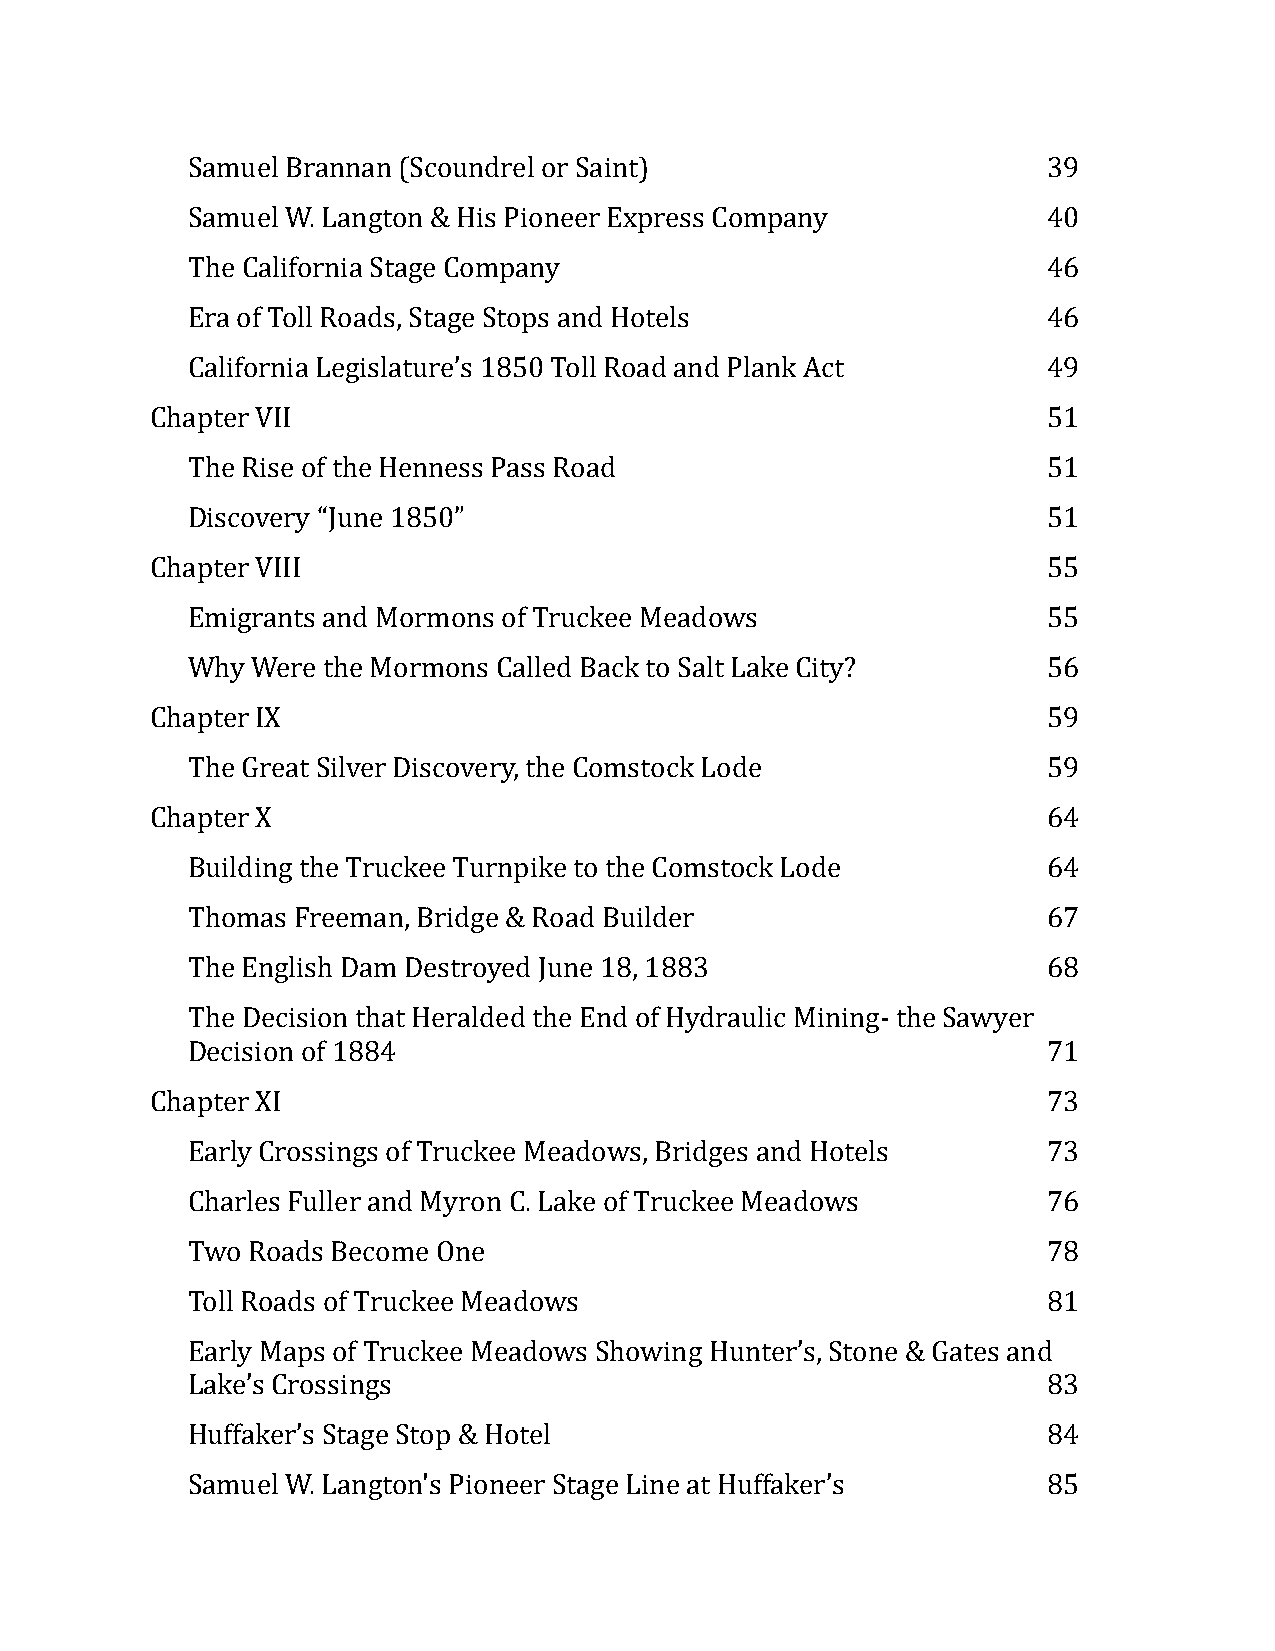
Samuel Brannan (Scoundrel or Saint)                      39
 Samuel W. Langton & His Pioneer Express Company          40
 The California Stage Company                             46
 Era of Toll Roads, Stage Stops and Hotels                46
 California Legislature’s 1850 Toll Road and Plank Act    49
 Chapter VII                                                51
 The Rise of the Henness Pass Road                        51
 Discovery “June 1850”                                    51
 Chapter VIII                                               55
 Emigrants and Mormons of Truckee Meadows                 55
 Why  Were the Mormons Called Back to Salt Lake City?     56
 Chapter IX                                                 59
 The Great Silver Discovery, the Comstock Lode            59
 Chapter X                                                  64
 Building the Truckee Turnpike to the Comstock Lode       64
 Thomas Freeman, Bridge & Road Builder                    67
 The English Dam Destroyed June 18, 1883                  68
 The Decision that Heralded the End of Hydraulic Mining- the Sawyer
 Decision of 1884                                         71
 Chapter XI                                                 73
 Early Crossings of Truckee Meadows, Bridges and Hotels   73
 Charles Fuller and Myron C. Lake of Truckee Meadows      76
 Two Roads Become One                                     78
 Toll Roads of Truckee Meadows                            81
 Early Maps of Truckee Meadows Showing Hunter’s, Stone & Gates and
 Lake’s Crossings                                         83
 Huffaker’s Stage Stop & Hotel                            84
 Samuel W. Langton's Pioneer Stage Line at Huffaker’s     85